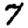
Digit: 7